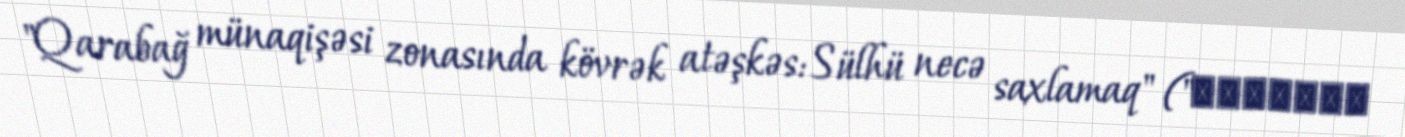
"Qarabağ münaqişəsi zonasında kövrək atəşkəs: Sülhü necə saxlamaq" ("Хрупкое